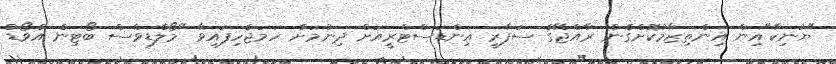
"ޔުނިކާ"އިން އިންތިޒާމުކޮށްގެން ރާއްޖޭގެ ސަފާރީ އިންޑަސްޓްރީއަށް ދިނުމަށް ހަމަޖެހިފައިވާ "މޯލްޑިވްސް ބޯޓިން އެވޯޑް